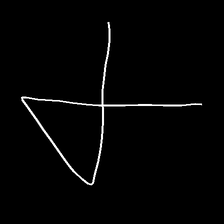
Glyph: collection